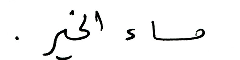
مساء الخير